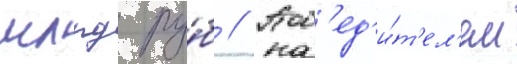
млрд ру́б // Поб'ед'и́т'ел'ем